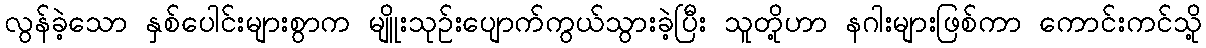
လွန်ခဲ့သော နှစ်ပေါင်းများစွာက မျိူးသုဉ်းပျောက်ကွယ်သွားခဲ့ပြီး သူတို့ဟာ နဂါးများဖြစ်ကာ ကောင်းကင်သို့